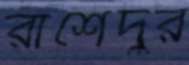
রাশেদুর